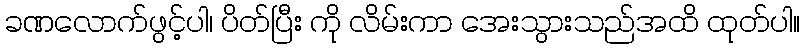
ခဏလောက်ဖွင့်ပါ၊ ပိတ်ပြီး ကို လိမ်းကာ အေးသွားသည်အထိ ထုတ်ပါ။